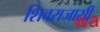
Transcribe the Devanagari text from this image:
शिवराजासी